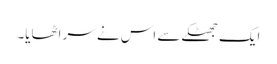
ایک جھٹکے سے اس نے سر اٹھایا۔